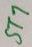
Text: ST7